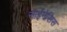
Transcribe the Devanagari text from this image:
साईनेसिस